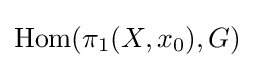
\operatorname {Hom} (\pi _{1}(X,x_{0}),G)